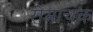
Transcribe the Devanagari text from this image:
रोमाचंक